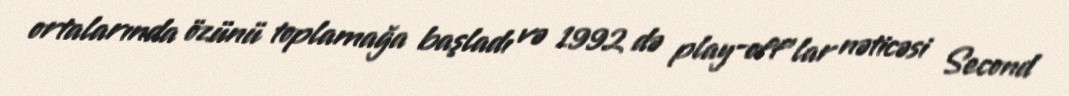
ortalarında özünü toplamağa başladı və 1992 də play-off'lar nəticəsi Second